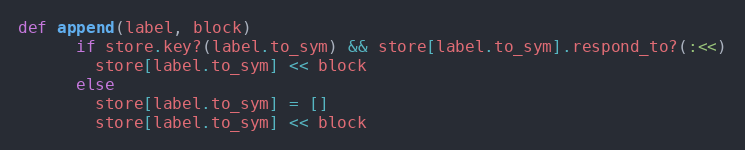
Language: Ruby
def append(label, block)
      if store.key?(label.to_sym) && store[label.to_sym].respond_to?(:<<)
        store[label.to_sym] << block
      else
        store[label.to_sym] = []
        store[label.to_sym] << block